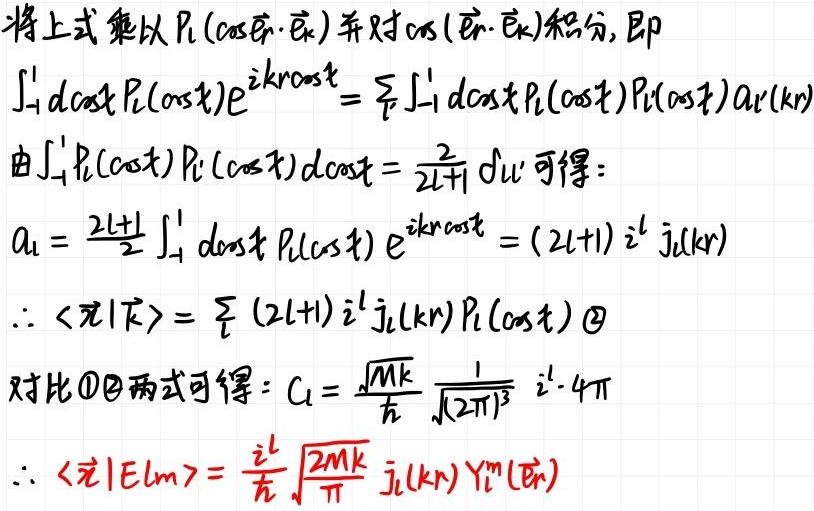
将上式乘以$P_l(\cos(\vec{e}_r\cdot\vec{e}_k))$并对$\cos(\vec{e}_r\cdot\vec{e}_k)$积分, 即
\[
\int_{-1}^{1}d\cos t P_l(\cos t)e^{ikr\cos t}=\sum_{l'} \int_{-1}^{1}d\cos t P_l(\cos t)P_{l'}(\cos t) a_{l'}(kr)
\]
由$\int_{-1}^{1}P_l(\cos t)P_{l'}(\cos t)d\cos t=\frac{2}{2l + 1}\delta_{ll'}$可得:
\[
a_l=\frac{2l + 1}{2}\int_{-1}^{1}d\cos t P_l(\cos t)e^{ikr\cos t}=(2l + 1)i^l j_l(kr)
\]
\[
\therefore \langle \vec{r}|\vec{k}\rangle=\sum_{l}(2l + 1)i^l j_l(kr)P_l(\cos t)\quad\textcircled{2}
\]
对比\textcircled{1}\textcircled{2}两式可得: $C_l=\frac{\sqrt{Mk}}{\hbar}\frac{1}{\sqrt{(2\pi)^3}}i^l\cdot 4\pi$
\[
\therefore \langle \vec{r}|E_{lm}\rangle=\frac{i^l}{\hbar}\sqrt{\frac{2Mk}{\pi}}j_l(kr)Y_l^m(\hat{r})
\]